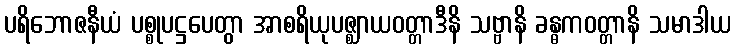
ပရိဘောဇနီယံ ပစ္စုပဋ္ဌပေတွာ အာစရိယုပဇ္ဈာယဝတ္တာဒီနိ သဗ္ဗာနိ ခန္ဓကဝတ္တာနိ သမာဒါယ